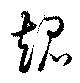
超